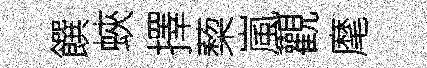
饌蛺擇蔾嵐觀麾